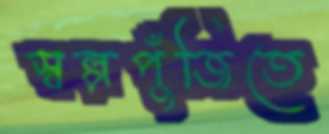
স্বল্পপুঁজিতে